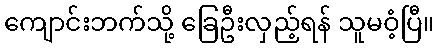
ကျောင်းဘက်သို့ ခြေဦးလှည့်ရန် သူမဝံ့ပြီ။